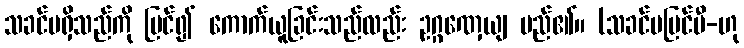
သခင်မရှိသည်ကို မြင်၍ ကောက်ယူခြင်းသည်လည်း ဥဂ္ဂဏှေယျ မည်၏။ (သခင်မမြင်မီ-ဟု